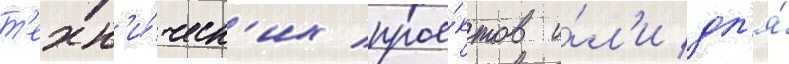
т'ехн'и́ческ'их прое́ктов и́л'и дл'я́